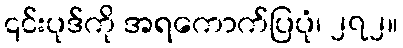
၎င်းပုဒ်ကို အရကောက်ပြပုံ၊ ၂၇၂။